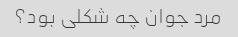
مرد جوان چه شکلی بود؟